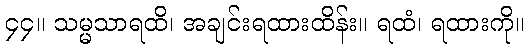
၄၄။ သမ္မသာရထိ၊ အချင်းရထားထိန်း။ ရထံ၊ ရထားကို။